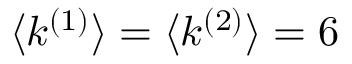
\langle k ^ { ( 1 ) } \rangle = \langle k ^ { ( 2 ) } \rangle = 6